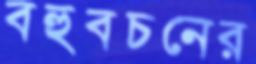
বহুবচনের